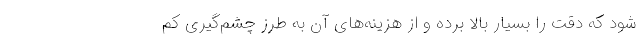
شود که دقت را بسیار بالا برده و از هزینه‌های آن به طرز چشم‌گیری کم